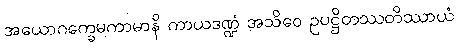
အယောဂက္ခေမကာမာနိ ကာယဒဏ္ဍံ အသိဝေ ဥပဋ္ဌိတဿတိဿာယံ